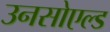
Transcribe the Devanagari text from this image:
उनसोएल्ड